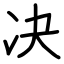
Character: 决